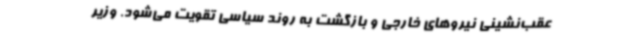
عقب‌نشینی نیروهای خارجی و بازگشت به روند سیاسی تقویت می‌شود. وزیر